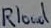
Text: Rload